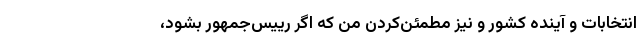
انتخابات و آینده کشور و نیز مطمئن‌کردن من که اگر رییس‌جمهور بشود،